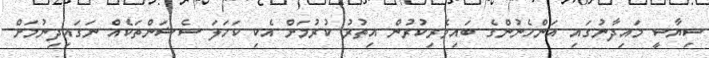
ސިޔާސީ މައިދާނުގައި އަންހެނުންގެ ބައިވެރިކުރުން އިތުރު ކުރުމަށް އެކި ކަހަލަ ސެޝަންތަކެއް ނަގައިދިނުމަށް